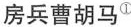
房兵曹胡马①